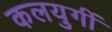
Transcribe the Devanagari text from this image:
कलयुगीं